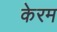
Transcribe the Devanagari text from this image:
केरम